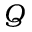
Q